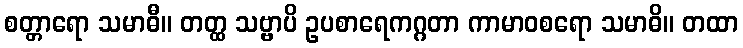
စတ္တာရော သမာဓီ။ တတ္ထ သဗ္ဗာပိ ဥပစာရေကဂ္ဂတာ ကာမာဝစရော သမာဓိ။ တထာ